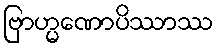
ဗြာဟ္မဏောပိဿာဿ